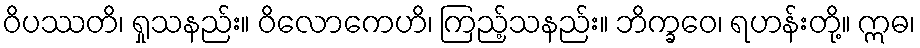
ဝိပဿတိ၊ ရှုသနည်း။ ဝိလောကေဟိ၊ ကြည့်သနည်း။ ဘိက္ခဝေ၊ ရဟန်းတို့။ ဣဓ၊